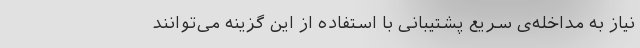
نیاز به مداخله‌‌ی سریع پشتیبانی با استفاده از این گزینه می‌توانند